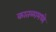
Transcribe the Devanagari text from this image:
कातळामध्ये